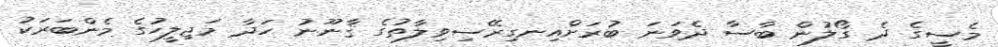
މެސީގެ ދެ ގޯލުން ބާސާ ދެވަނަ ބުރަށްއިނގިރޭސިވިލާތުގެ ޤާނޫނު ހަދާ މަޖިލީހުގެ މެންބަރަކު